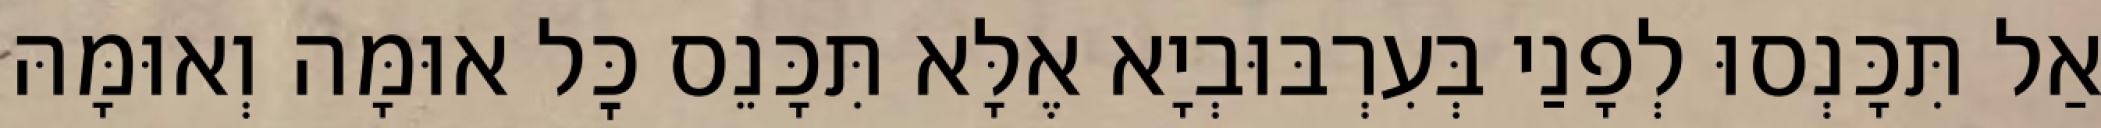
אַל תִּכָּנְסוּ לְפָנַי בְּעִרְבּוּבְיָא אֶלָּא תִּכָּנֵס כׇּל אוּמָּה וְאוּמָּהּ